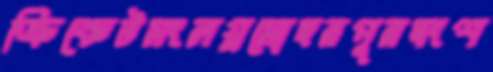
ক্রিকেটসংলগ্নমোহনপুনদংশ